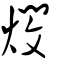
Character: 燘